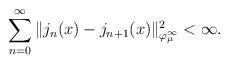
LaTeX: \begin{align*}\sum_{n=0}^\infty \|j_n(x)-j_{n+1}(x)\|^2_{\varphi_\mu^\infty} <\infty.\end{align*}